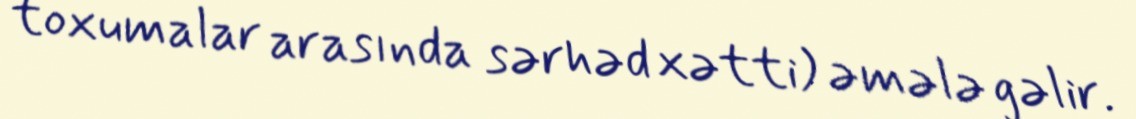
toxumalar arasında sərhəd xətti) əmələ gəlir.